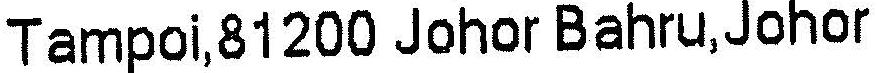
TAMPOI,81200 JOHOR BAHRU,JOHOR